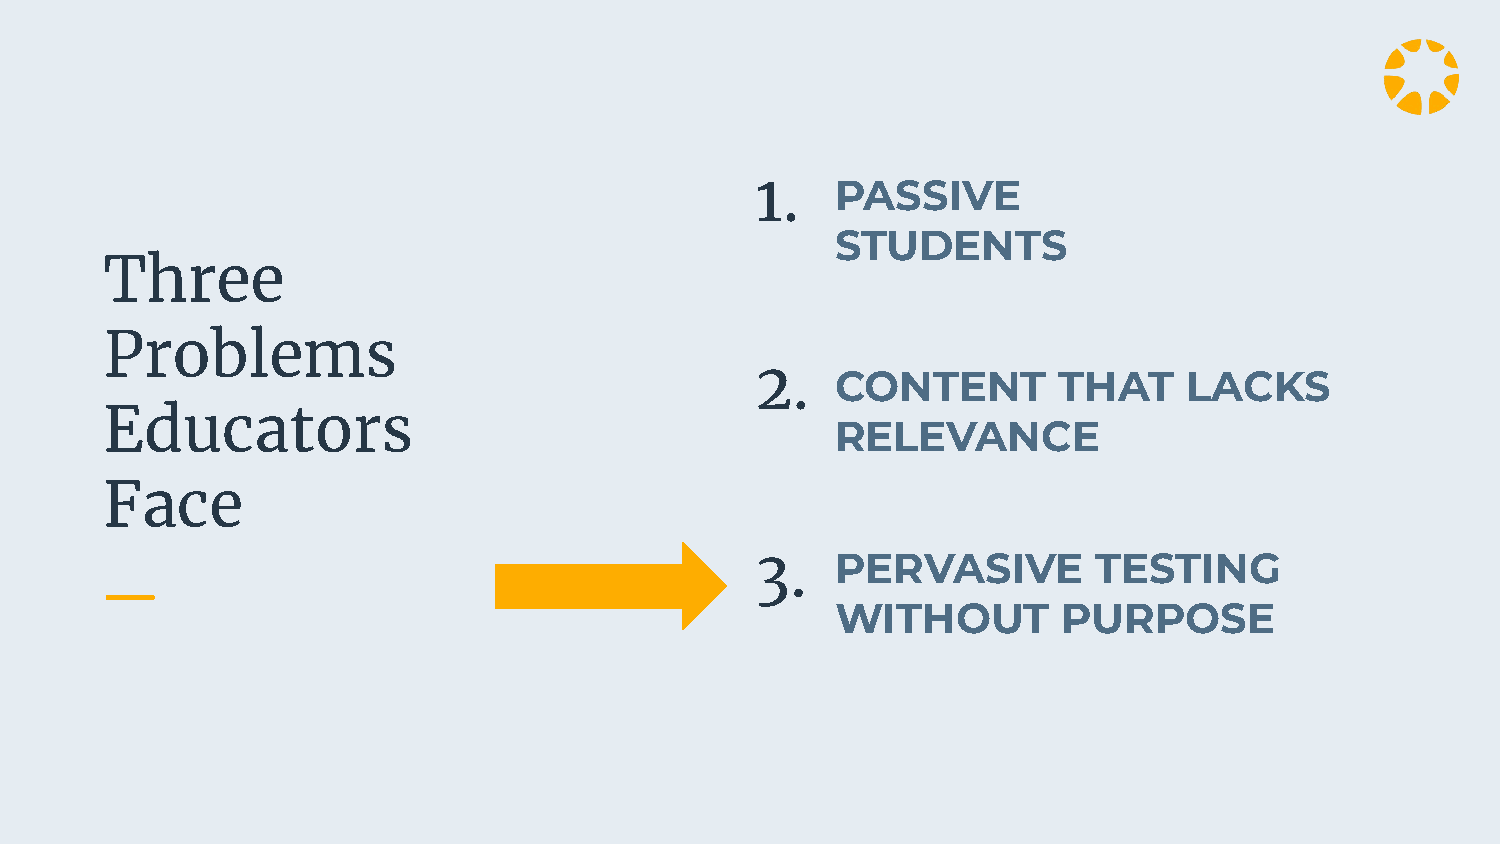
1.   PASSIVE
 STUDENTS
 Three
 Problems
 2.   CONTENT        THAT     LACKS
 Educators
 RELEVANCE
 Face
 3.   PERVASIVE         TESTING
 WITHOUT        PURPOSE